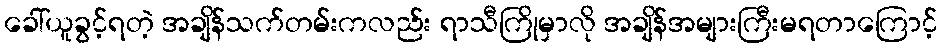
ခေါ်ယူခွင့်ရတဲ့ အချိန်သက်တမ်းကလည်း ရာသီကြိုမှာလို အချိန်အများကြီးမရတာကြောင့်